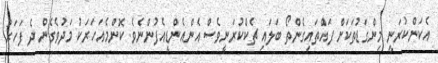
އެކަންކުރަނީ މިންގަޑުތަކަށް ފައްތައިގެންތޯ ބަލައި ޗެކްކުރަނީވެސް އެންއެންޑީއެފުންނެވެ. ކޮންމެއަހަރަކު މަދުވެގެން ދެ ފަހަރު